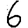
Digit: 6